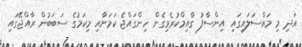
އަދި މި މައްސަލައިގައި އިންސާފު ގާއިމްކުރެވިގެން ހިންގައްޖެ ކަމަށާއި މިކަމުގެ ސަބަބުން ރާއްޖޭގައި